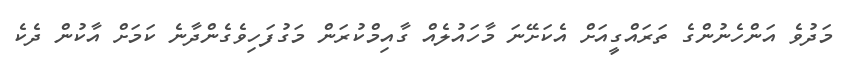
މަދުވެ އަންހެނުންގެ ތަރައްގީއަށް އެކަށޭނަ މާހައުލެއް ގާއިމްކުރަން މަގުފަހިިވެގެންދާނެ ކަމަށް އާކުން ދެކެ